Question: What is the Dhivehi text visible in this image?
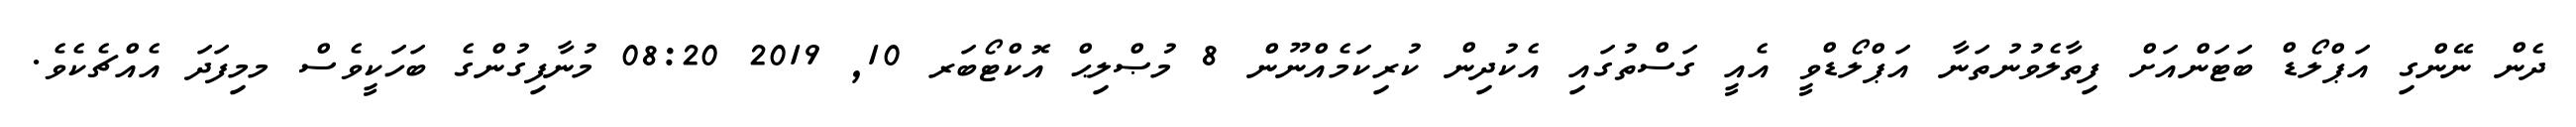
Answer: ދެން ނޭންގި އަޕްލޯޑް ބަޓަންއަށް ފިތާލެވުނުތަނާ އަޕްލޯޑްވީ އެއީ ގަސްތުގައި އެކުދިން ކުރިކަމެއްނޫން 8 މުޞްލިޙް އޮކްޓޯބަރ 10, 2019 08:20 މުނާފިގުންގެ ބަހަކީވެސް މމިފަދަ އެއްޗެކެވެ.